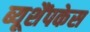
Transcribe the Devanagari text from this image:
ब्यूशैंपकेस